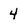
Character: 4